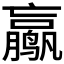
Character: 𱊮